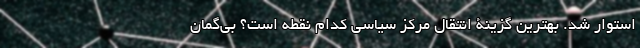
استوار شد. بهترين گزينة انتقال مركز سياسي كدام نقطه است؟ بي‌گمان